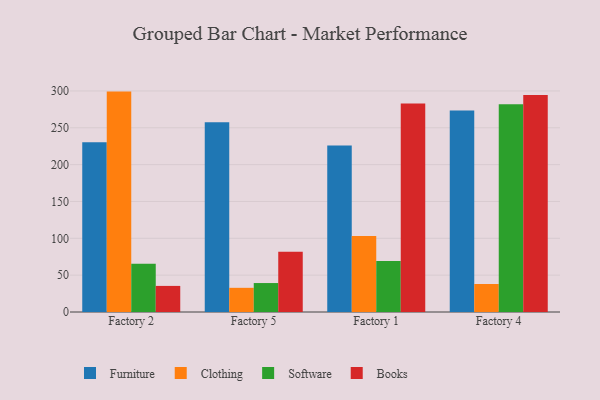
{"axis": {"x": "Factory", "y": "Backlog"}, "legend": ["Books", "Clothing", "Furniture", "Software"], "data": [{"x": "Factory 2", "y": 230.5, "type": "Furniture"}, {"x": "Factory 2", "y": 299.1, "type": "Clothing"}, {"x": "Factory 2", "y": 65.6, "type": "Software"}, {"x": "Factory 2", "y": 35.4, "type": "Books"}, {"x": "Factory 5", "y": 257.6, "type": "Furniture"}, {"x": "Factory 5", "y": 32.8, "type": "Clothing"}, {"x": "Factory 5", "y": 39.3, "type": "Software"}, {"x": "Factory 5", "y": 81.8, "type": "Books"}, {"x": "Factory 1", "y": 226.1, "type": "Furniture"}, {"x": "Factory 1", "y": 103.1, "type": "Clothing"}, {"x": "Factory 1", "y": 69.3, "type": "Software"}, {"x": "Factory 1", "y": 283.0, "type": "Books"}, {"x": "Factory 4", "y": 273.4, "type": "Furniture"}, {"x": "Factory 4", "y": 38.0, "type": "Clothing"}, {"x": "Factory 4", "y": 281.9, "type": "Software"}, {"x": "Factory 4", "y": 294.5, "type": "Books"}]}